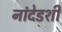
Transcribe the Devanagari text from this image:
नांदेडशी